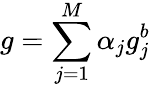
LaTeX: g=\sum_{j=1}^{M}\alpha_{j}g_{j}^{b}